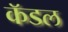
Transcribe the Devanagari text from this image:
कॅडल